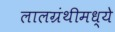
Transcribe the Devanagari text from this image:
लालग्रंथीमध्ये